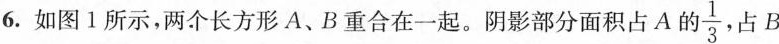
6. 如图1所示，两个长方形A、B重合在一起。阴影部分面积占A的 \frac{1}{3}，占B的